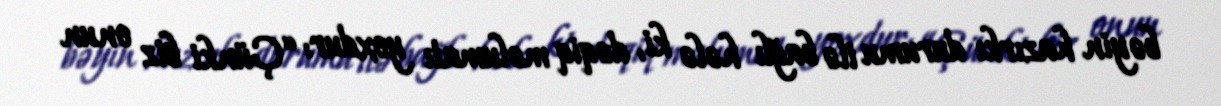
bəyin hazırkı durumu ilə bağlı hələ ki, dəqiq məlumatı yoxdur: “Çünki biz onun